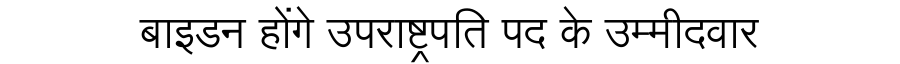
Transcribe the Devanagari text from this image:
बाइडन होंगे उपराष्ट्रपति पद के उम्मीदवार